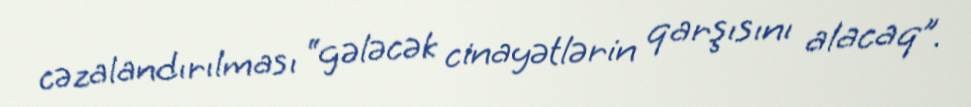
cəzalandırılması “gələcək cinayətlərin qarşısını alacaq”.